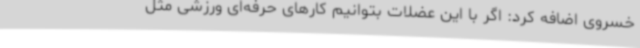
خسروی اضافه کرد: اگر با این عضلات بتوانیم کارهای حرفه‌ای ورزشی مثل